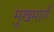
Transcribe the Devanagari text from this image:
मुखमार्ग